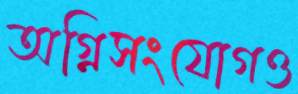
অগ্নিসংযোগও